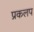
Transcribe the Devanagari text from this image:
प्रकलप